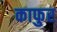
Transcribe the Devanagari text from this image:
काफुर